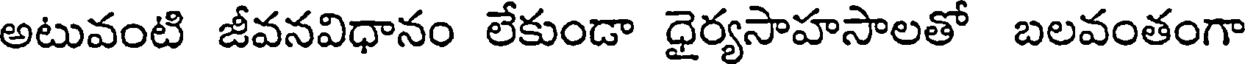
అటువంటి జీవనవిధానం లేకుండా ధైర్యసాహసాలతో బలవంతంగా